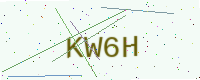
Text: KW6H